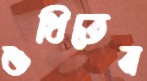
শুধিতেন